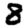
Digit: 8